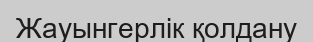
Жауынгерлiк қолдану